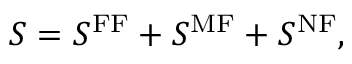
S = S ^ { \mathrm { F F } } + S ^ { \mathrm { M F } } + S ^ { \mathrm { N F } } ,